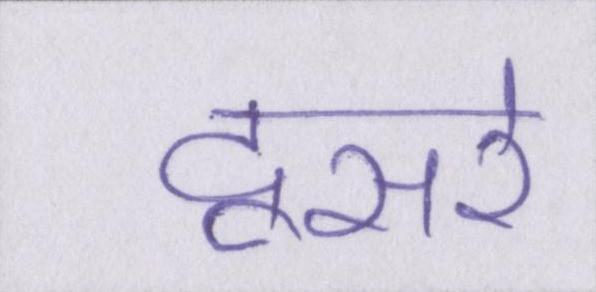
दूसरे